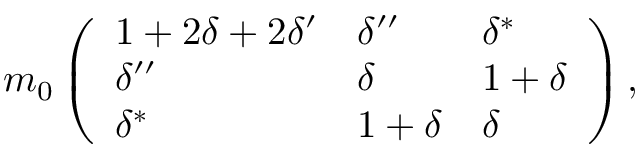
m _ { 0 } \left( \begin{array} { l l l } { { 1 + 2 \delta + 2 \delta ^ { \prime } } } & { { \delta ^ { \prime \prime } } } & { { \delta ^ { * } } } \\ { { \delta ^ { \prime \prime } } } & { { \delta } } & { { 1 + \delta } } \\ { { \delta ^ { * } } } & { { 1 + \delta } } & { { \delta } } \end{array} \right) ,